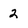
Character: 2